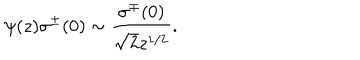
LaTeX: \psi ( z ) \sigma ^ { \pm } ( 0 ) \sim \frac { \sigma ^ { \mp } ( 0 ) } { \sqrt { 2 } z ^ { 1 / 2 } } .